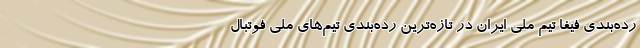
رده‌بندی فیفا تیم ملی ایران در تازه‌ترین رده‌بندی تیم‌های ملی فوتبال